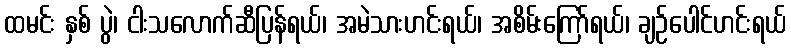
ထမင်း နှစ် ပွဲ၊ ငါးသလောက်ဆီပြန်ရယ်၊ အမဲသားဟင်းရယ်၊ အစိမ်းကြော်ရယ်၊ ချဉ်ပေါင်ဟင်းရယ်